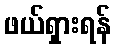
ဖယ်ရှားရန်